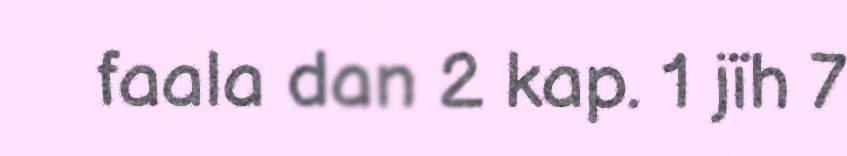
faala dan 2 kap. 1 jïh 7